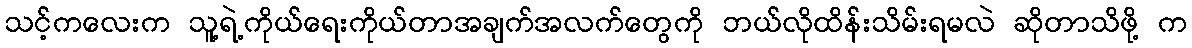
သင့်ကလေးက သူ့ရဲ့ကိုယ်ရေးကိုယ်တာအချက်အလက်တွေကို ဘယ်လိုထိန်းသိမ်းရမလဲ ဆိုတာသိဖို့ က